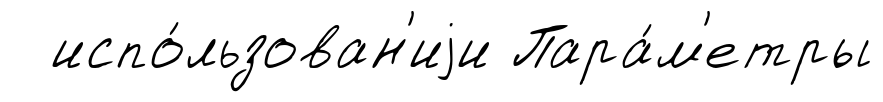
испо́льзован'иjи Пара́м'етры